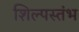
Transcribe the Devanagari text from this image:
शिल्पस्तंभ